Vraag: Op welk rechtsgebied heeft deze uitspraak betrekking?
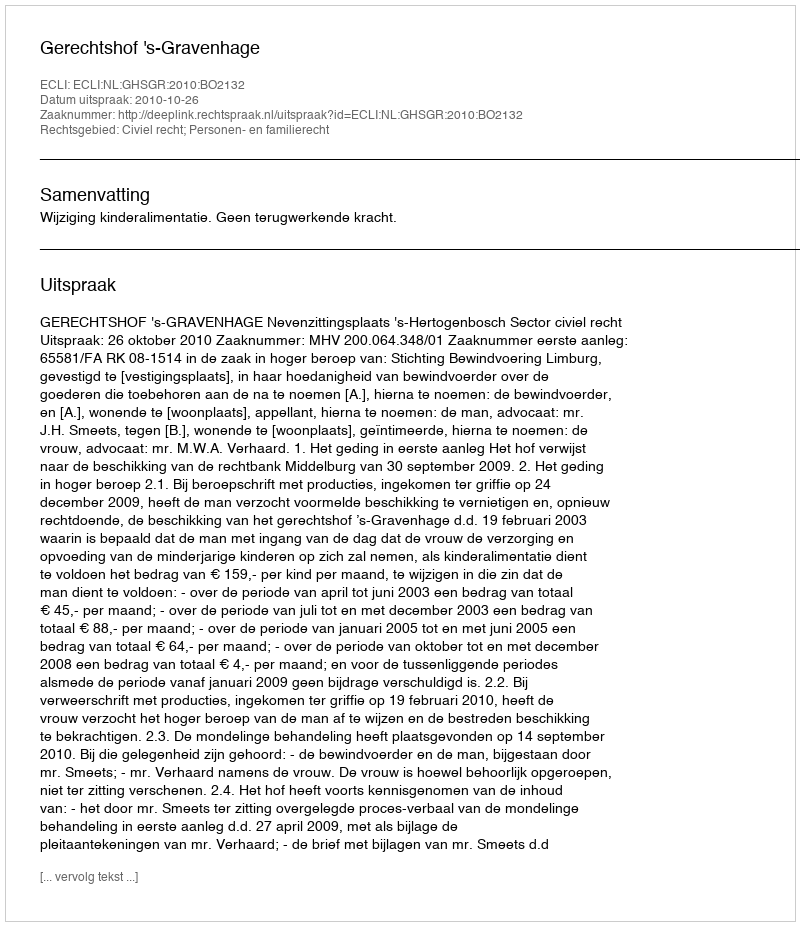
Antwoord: Civiel recht; Personen- en familierecht